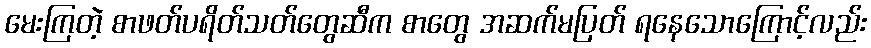
မေးကြတဲ့ စာဖတ်ပရိတ်သတ်တွေဆီက စာတွေ အဆက်မပြတ် ရနေသောကြောင့်လည်း